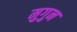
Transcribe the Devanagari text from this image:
मुगुन